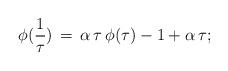
LaTeX: \begin{align*}\phi(\frac{1}{\tau})\, = \, \alpha \, \tau \,\phi(\tau)-1 + \alpha \, \tau ;\end{align*}